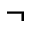
\neg